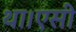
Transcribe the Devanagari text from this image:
था।एसी